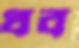
ধব